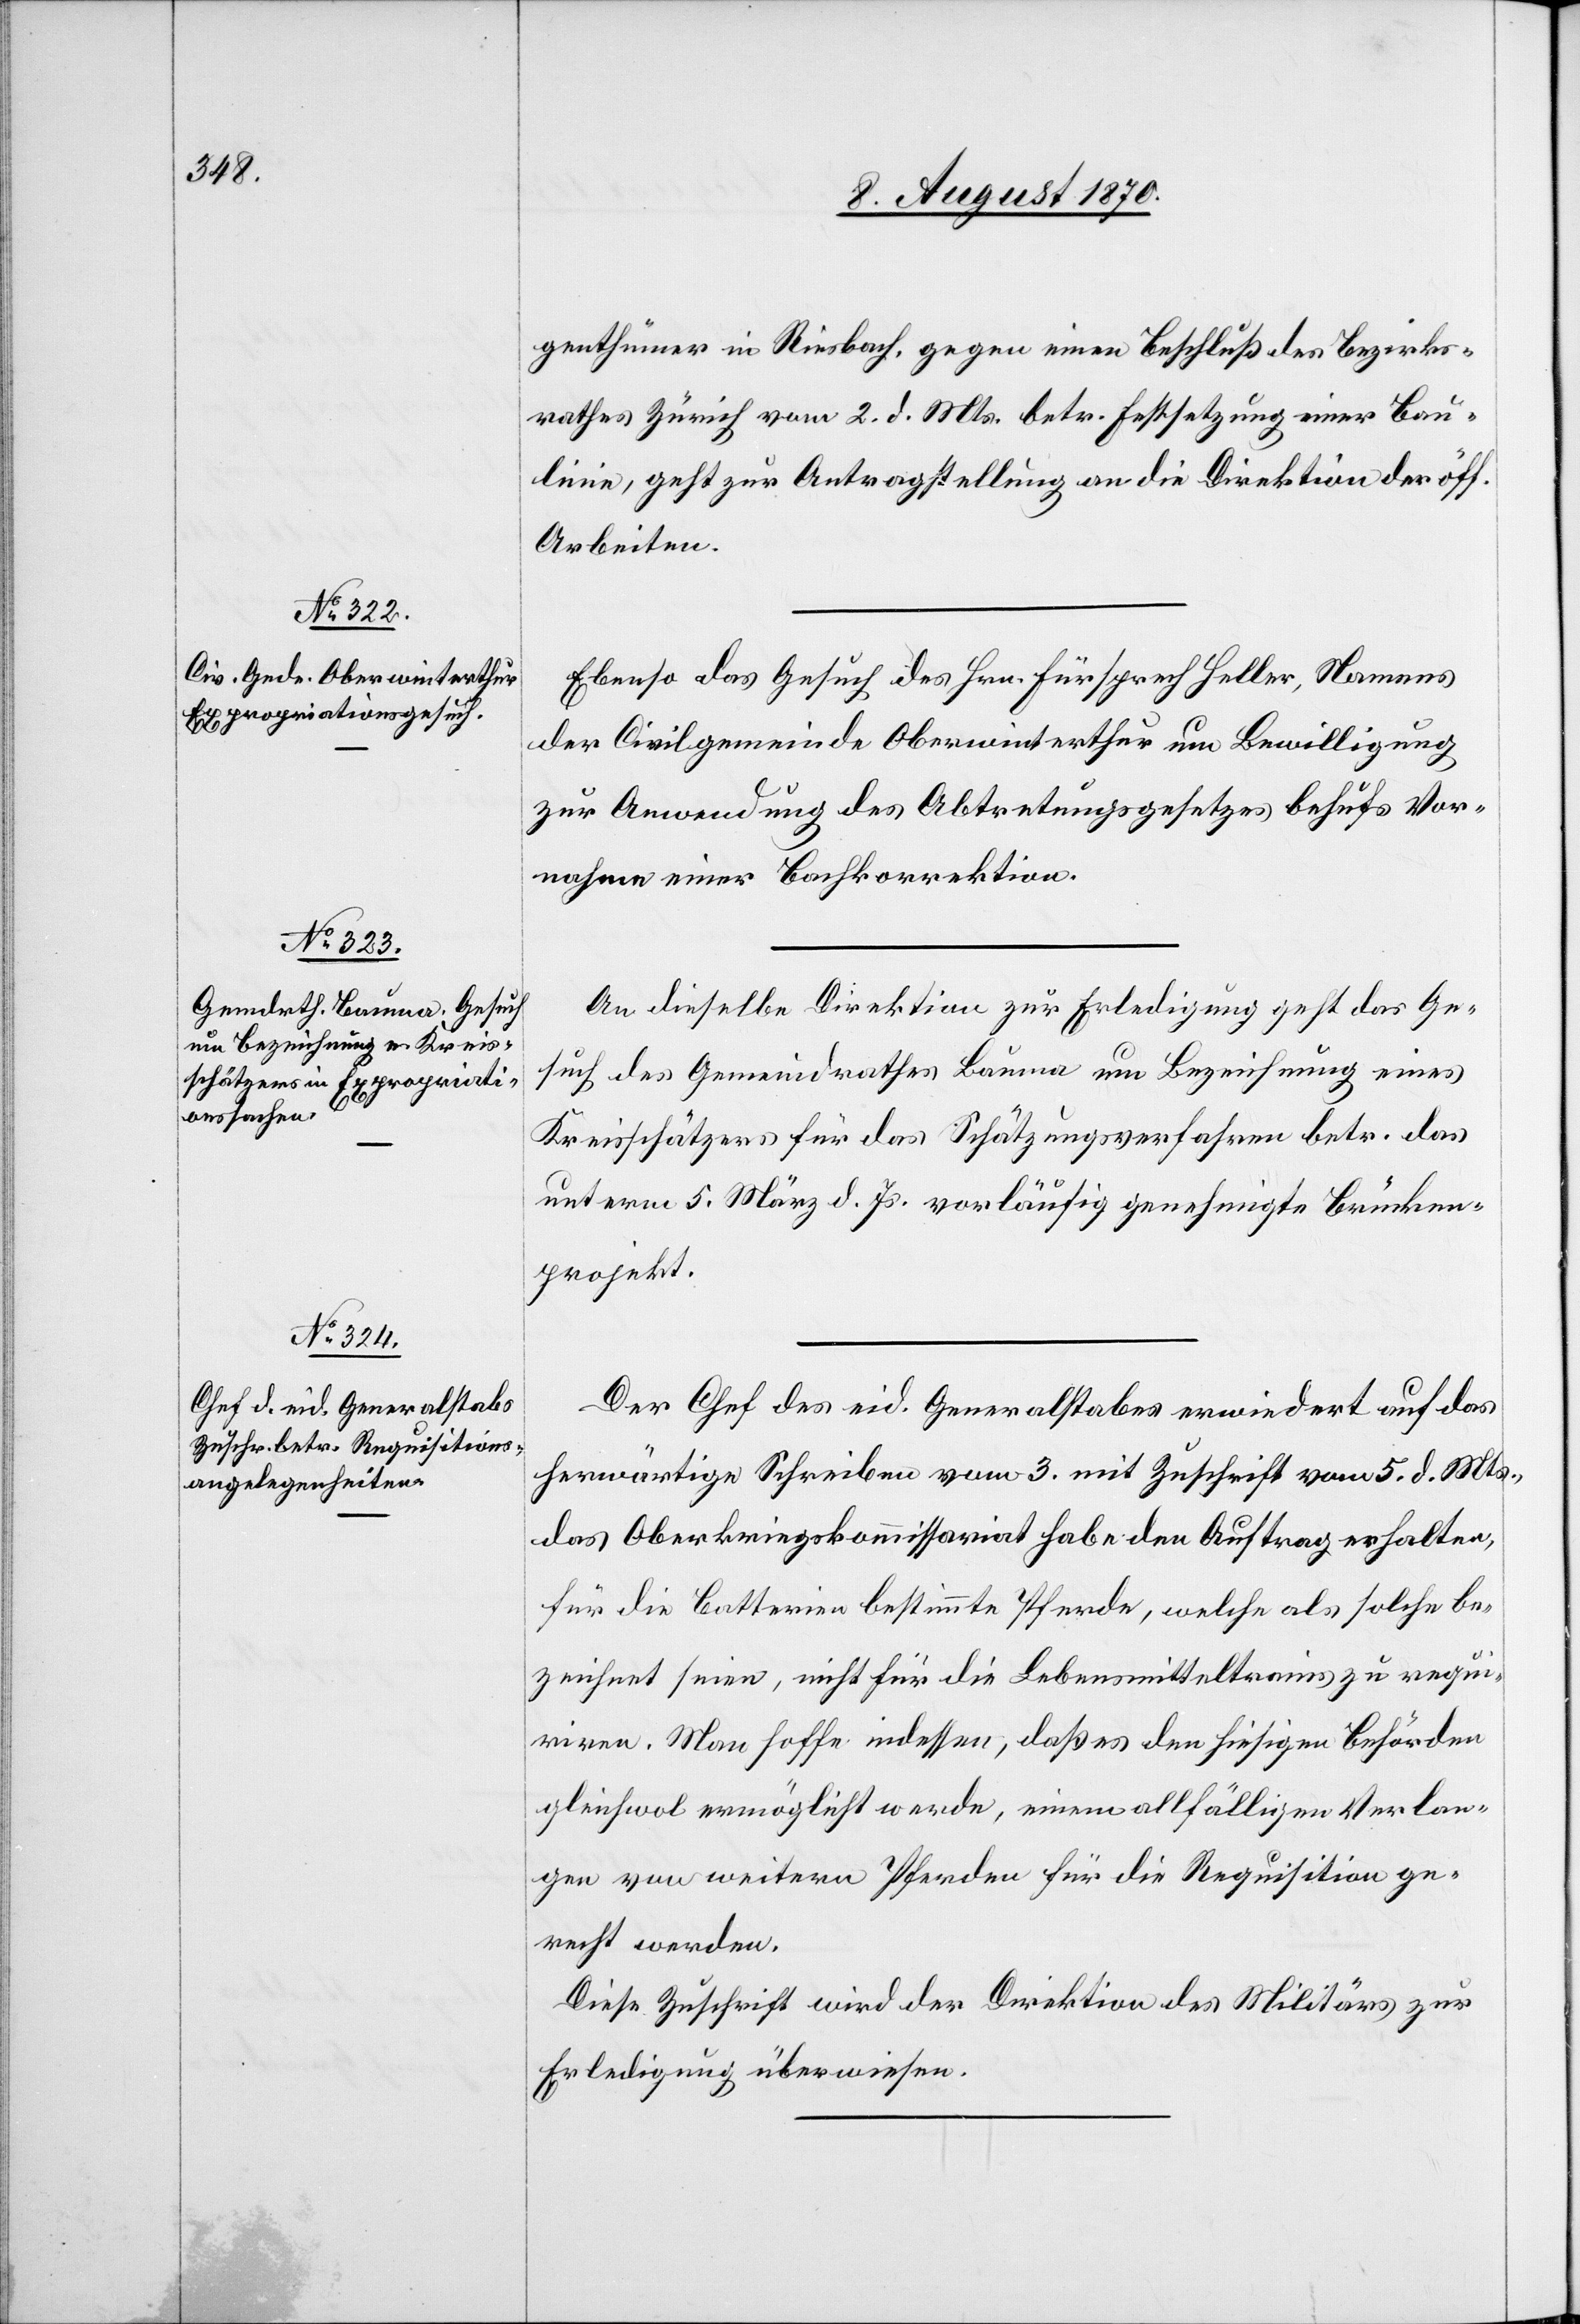
8. August 1870.]
genthümer in Riesbach, gegen einen Beschluß des Bezirks¬
rathes Zürich vom 2. d. Mts. betr. Festsetzung einer Bau¬
linie, geht zur Antragstellung an die Direktion der öff.
Arbeiten.
Ebenso das Gesuch des Hrn. Fürsprech Heller, Namens
der Civilgemeinde Oberwinterthur um Bewilligung
zur Anordnung des Abtretungsgesetzes behufs Vor¬
nahme einer Bachkorrektion.
An dieselbe Direktion zur Erledigung geht das Ge¬
such des Gemeindrathes Bauma um Bezeichnung eines
Kreisschätzers für das Schätzungsverfahren betr. das
unterm 5. März d. Js. vorläufig genehmigte Brücken¬
projekt.
Der Chef des eid. Generalstabes erwiedert auf das
herwärtige Schreiben vom 3. mit Zuschrift vom 5. d. Mts.,
das Oberkriegskommissariat habe den Auftrag erhalten,
für die Batterien bestimmte Pferde, welche als solche be¬
zeichnet seien, nicht für die Lebensmitteltrains zu requi¬
riren. Man hoffe indessen, daß es den hiesigen Behörden
gleichwol ermöglicht werde, einem allfälligen Verlan¬
gen von weitern Pferden für die Requisition ge¬
recht [zu] werden.
Diese Zuschrift wird der Direktion des Militärs zur
Erledigung überwiesen.